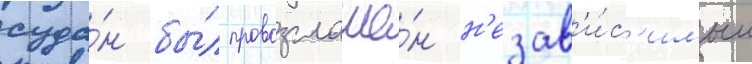
суда́н бы́л провозглашё́н н'езав'и́с'имым